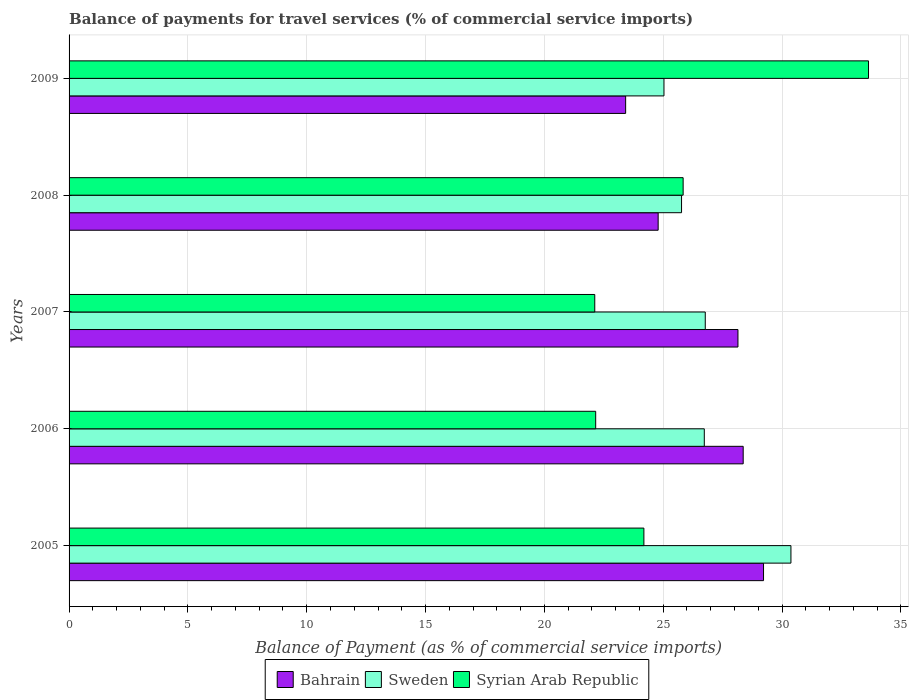
| Years | Bahrain | Sweden | Syrian Arab Republic |
 | --- | --- | --- | --- |
 | 2005 | 29.2 | 30.4 | 24.2 |
 | 2006 | 28.4 | 26.7 | 22.2 |
 | 2007 | 28.1 | 26.8 | 22.1 |
 | 2008 | 24.8 | 25.8 | 25.8 |
 | 2009 | 23.4 | 25 | 33.6 |